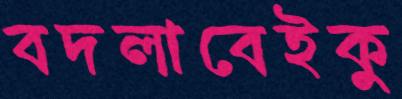
বদলাবেইকু